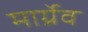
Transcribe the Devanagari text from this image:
मार्ग्रेव